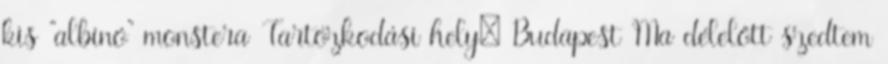
kis "albínó" monstera Tartózkodási hely: Budapest Ma délelőtt szedtem